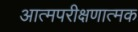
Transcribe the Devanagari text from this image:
आत्मपरीक्षणात्मक